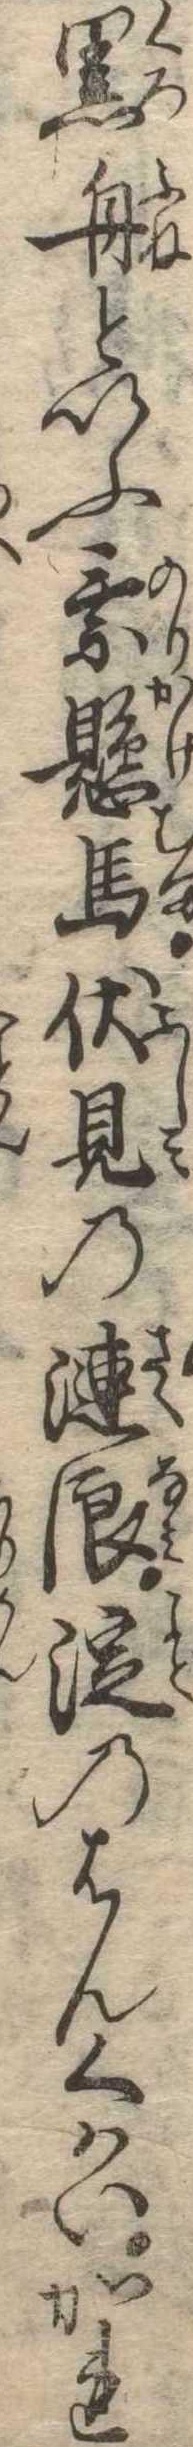
黒舟といふ乗懸馬伏見の漣浪淀のはんくはいかれ